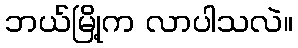
ဘယ်မြို့က လာပါသလဲ။